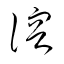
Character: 溶